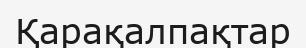
Қарақалпақтар